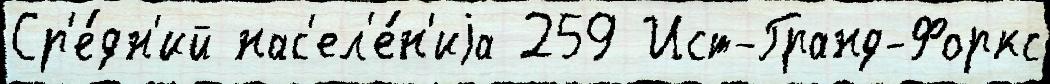
Ср'е́дн'ий нас'ел'е́н'иjа 259 Ист-Гранд-Форкс